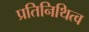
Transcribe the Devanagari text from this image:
प्रतिनिथित्व